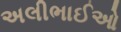
અલીભાઈઓ